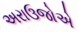
અરાઉજોએ